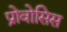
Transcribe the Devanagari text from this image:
प्रोवोसिस